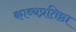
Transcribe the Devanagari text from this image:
काव्यप्रतिष्ठा